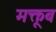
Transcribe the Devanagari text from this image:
मक्तूब